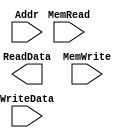
//Memeory 
module mem(
    //Output(s)
    ReadData,
    //Input(s)
    Addr,
    WriteData,
    MemWrite,
    MemRead
);
    input wire MemWrite, MemRead;
    input wire[15:0] Addr, WriteData;

    output reg [15:0] ReadData; 

endmodule